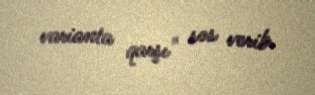
varianta qarşı" səs verib.